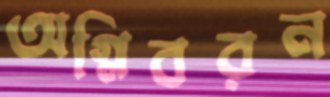
অগ্নিবরন